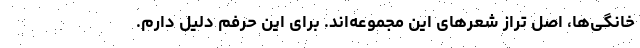
خانگی‌ها، اصلِ ترازِ شعرهای این مجموعه‌اند. برای این حرفم دلیل دارم.